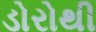
ડોરોથી